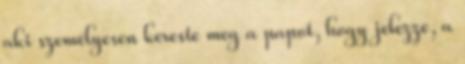
aki személyesen kereste meg a papot, hogy jelezze, a